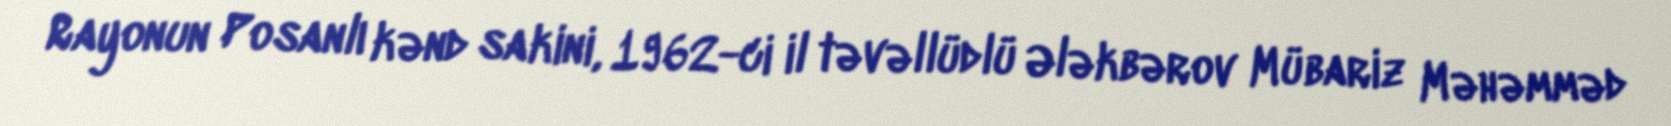
Rayonun Posanlı kənd sakini, 1962-ci il təvəllüdlü Ələkbərov Mübariz Məhəmməd